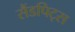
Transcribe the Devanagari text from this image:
सैंडपिट्स